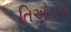
તિઓડોરો